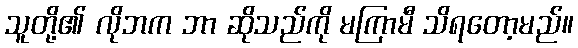
သူတို့၏ လိုဘက ဘာ ဆိုသည်ကို မကြာမီ သိရတော့မည်။